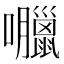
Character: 𡅘